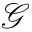
\mathcal { G }